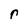
Character: r